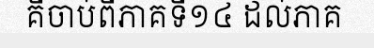
គឺចាប់ពីភាគទី១៤ ដល់ភាគ